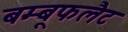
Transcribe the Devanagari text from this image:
बम्बूफलैट